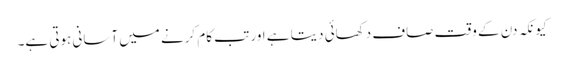
کیونکہ دن کے وقت صاف دکھائی دیتا ہے اور تب کام کرنے میں آسانی ہوتی ہے۔